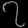
Digit: ၇